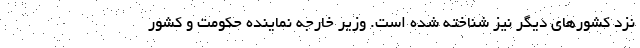
نزد کشورهای دیگر نیز شناخته شده است. وزیر خارجه نماینده حکومت و کشور